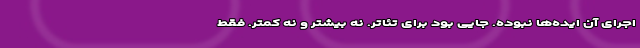
اجرای آن ایده‌ها نبوده. جایی بود برای تئاتر. نه بیشتر و نه کمتر. فقط